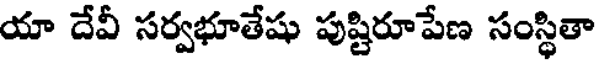
యా దేవీ సర్వభూతేషు పుష్టిరూపేణ సంస్థితా